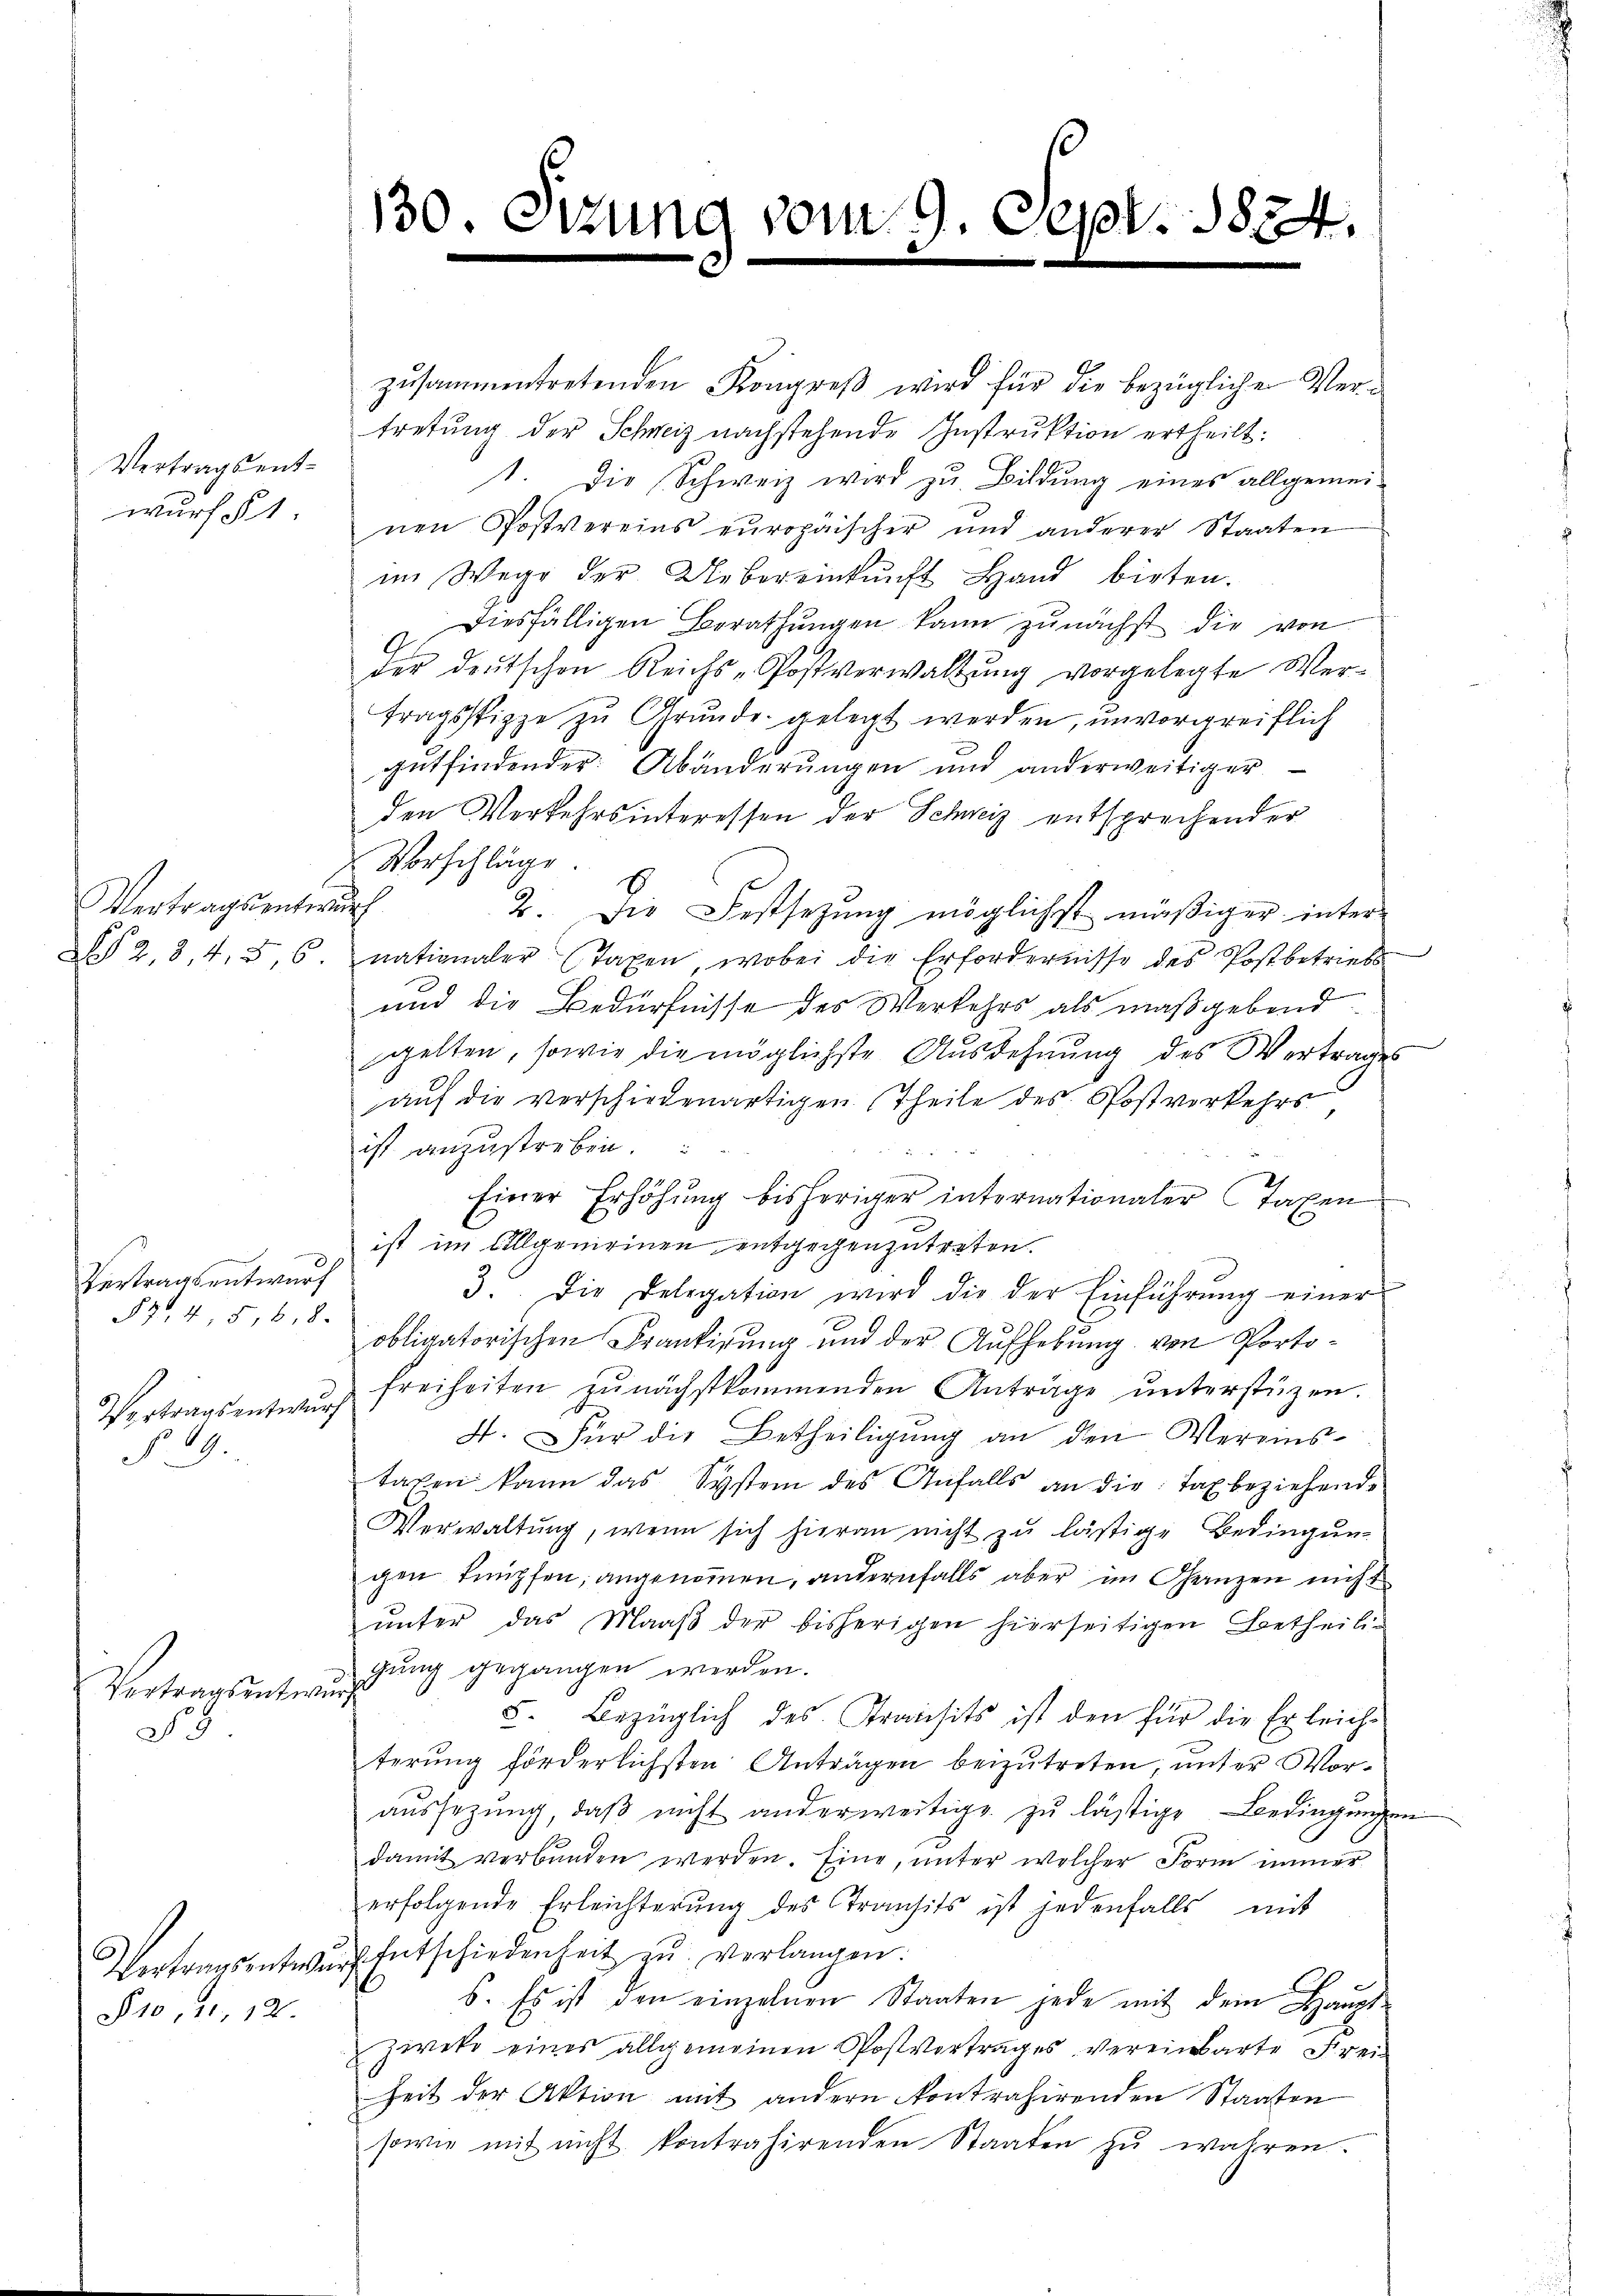
Vertragsentwurf § 1.

Vertragsente.
N 2,8,43,6

Vertragsentwurf
87, 4, 5, 6, 8.
Vertragsentwurf
§. 9.

Vortragsentwi
28.

Prose, 12

130. Di

tzung vom 9. Sept. 1824.

zusammentretenden Kongreß wird für die bezüglichen Vertretung der Schweiz nachstehende Instruktion ertheilt:
1. Die Schweiz wird zu Bildung eines allgemeinen Postvereins europäischer und anderer Staaten
im Wege der Uebereinkunft Hand bieten.
 diesfälligen Berathŭngen kann zunächst die von
der deŭtschen Reichs-Postverwaltŭng vorgelegte Wer-
tragsspippe zŭ Grŭnde gelegt werden, unvorgreiflich
gutfindender Abänderungen und anderweitiger
den Verkehrsinteressen der Schweiz entsprechender
Vorschläge
f
2. Die Festsezung möglichst mäßiger inter-
nationaler (Taxen, wobei die Erfordernisse des Postbetriefs
und die Bedürfnisse des Werkehrs als maßgebend
gelten, sowie die möglichste Ausdehnung des Vertrages
auf die verschiedenartigen Theile des Postverkehrs
ist anzustreben.

.
Einer Erhöhung bisheriger internationaler Taxen
ist im Allgemeinen entgegenzutreten.
3. Die Delegation wird die der Einführŭng einer
obligatorischen Frantirung und der Aufhebung von Portofreiheiten zunächstkommenden Anträge unterstüzen.
4. Für die Betheiligung an den Vereinstaxen kann das System des Anfalls an die Tax beziehende
Verwaltung, wenn sich hieran nicht zu lästige Bedingung
gen knüpfen, angenommen, andernfalls aber im Ganzen nicht
ŭnter das Maaβ der bisherigen hierseitigen Betheili-
gung gegangen werden.
5. Bezüglich des Transits ist den für die Erleich-
terung förderlichsten Anträgen beizutreten, unter Voraŭssezung, daβ nicht anderweitige zŭ lästige Bedingungen
damit verbunden werden. Eine, unter welcher Form immer
erfolgende Erleichterŭng des Transits ist jedenfalls mit
Vertragsentwŭrf Entschiedenheit zŭ verlangen.
b. Es ist den einzelnen Staaten jede mit dem Haupt-
Zweke eines allgemeinen Postvertrages vereinbarte Frei-
Zeit der Aktion mit andern kontrahirenden Staaten
sowie mit nicht kontrahirenden Staaten zu wahren.